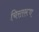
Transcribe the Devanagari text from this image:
चिरतरूण